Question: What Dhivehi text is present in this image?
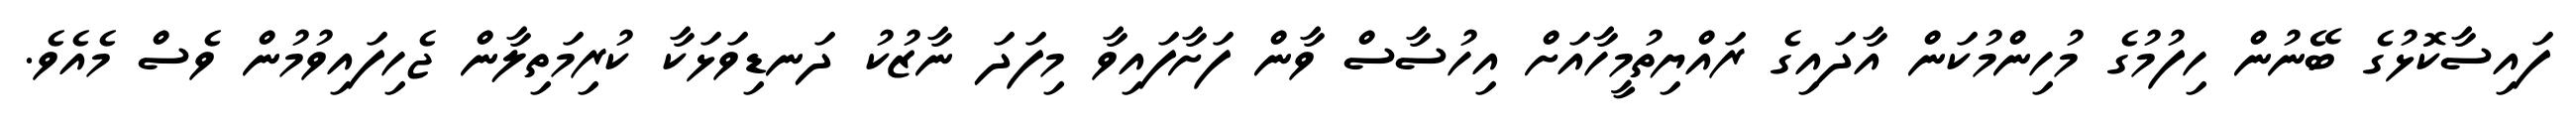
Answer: ފައިސާކޮޅުގެ ބޭނުން ހިފުމުގެ މުހިންމުކަން އާދައިގެ ރައްޔިތުމީހާއަށް އިހުސާސް ވާން ފަށާފައިވާ މިފަދަ ނާޒުކު ދަނޑިވަޅަކާ ކުރިމަތިލާން ޖެހިފައިވުމުން ވެސް މެއެވެ.